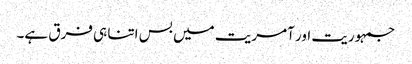
جمہوریت اور آمریت میں بس اتنا ہی فرق ہے۔